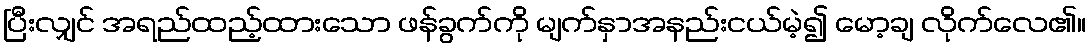
ပြီးလျှင် အရည်ထည့်ထားသော ဖန်ခွက်ကို မျက်နှာအနည်းငယ်မဲ့၍ မော့ချ လိုက်လေ၏။